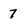
Character: 7